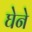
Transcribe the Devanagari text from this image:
घेने